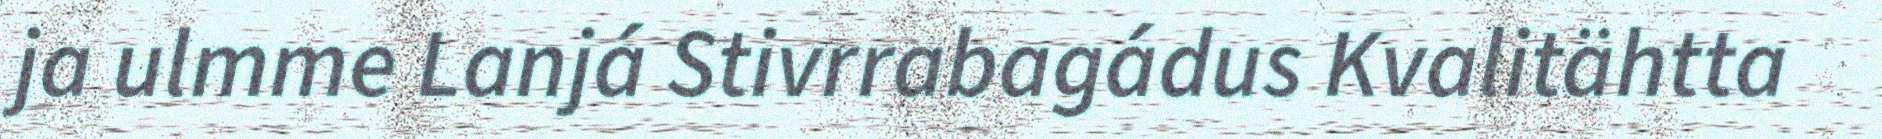
ja ulmme Lanjá Stivrrabagádus Kvalitähtta